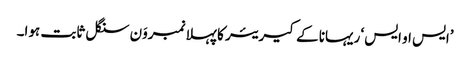
’ایس او ایس‘ ریہانا کے کیریئر کا پہلا نمبروَن سنگل ثابت ہوا۔